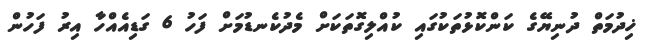
ޚިދުމަތް ދުނިޔޭގެ ކަންކޮޅުތަކުގައި ކުއްލިގޮތަކަށް މެދުކެނޑުމަށް ފަހު 6 ގަޑިއެއްހާ އިރު ފަހުން